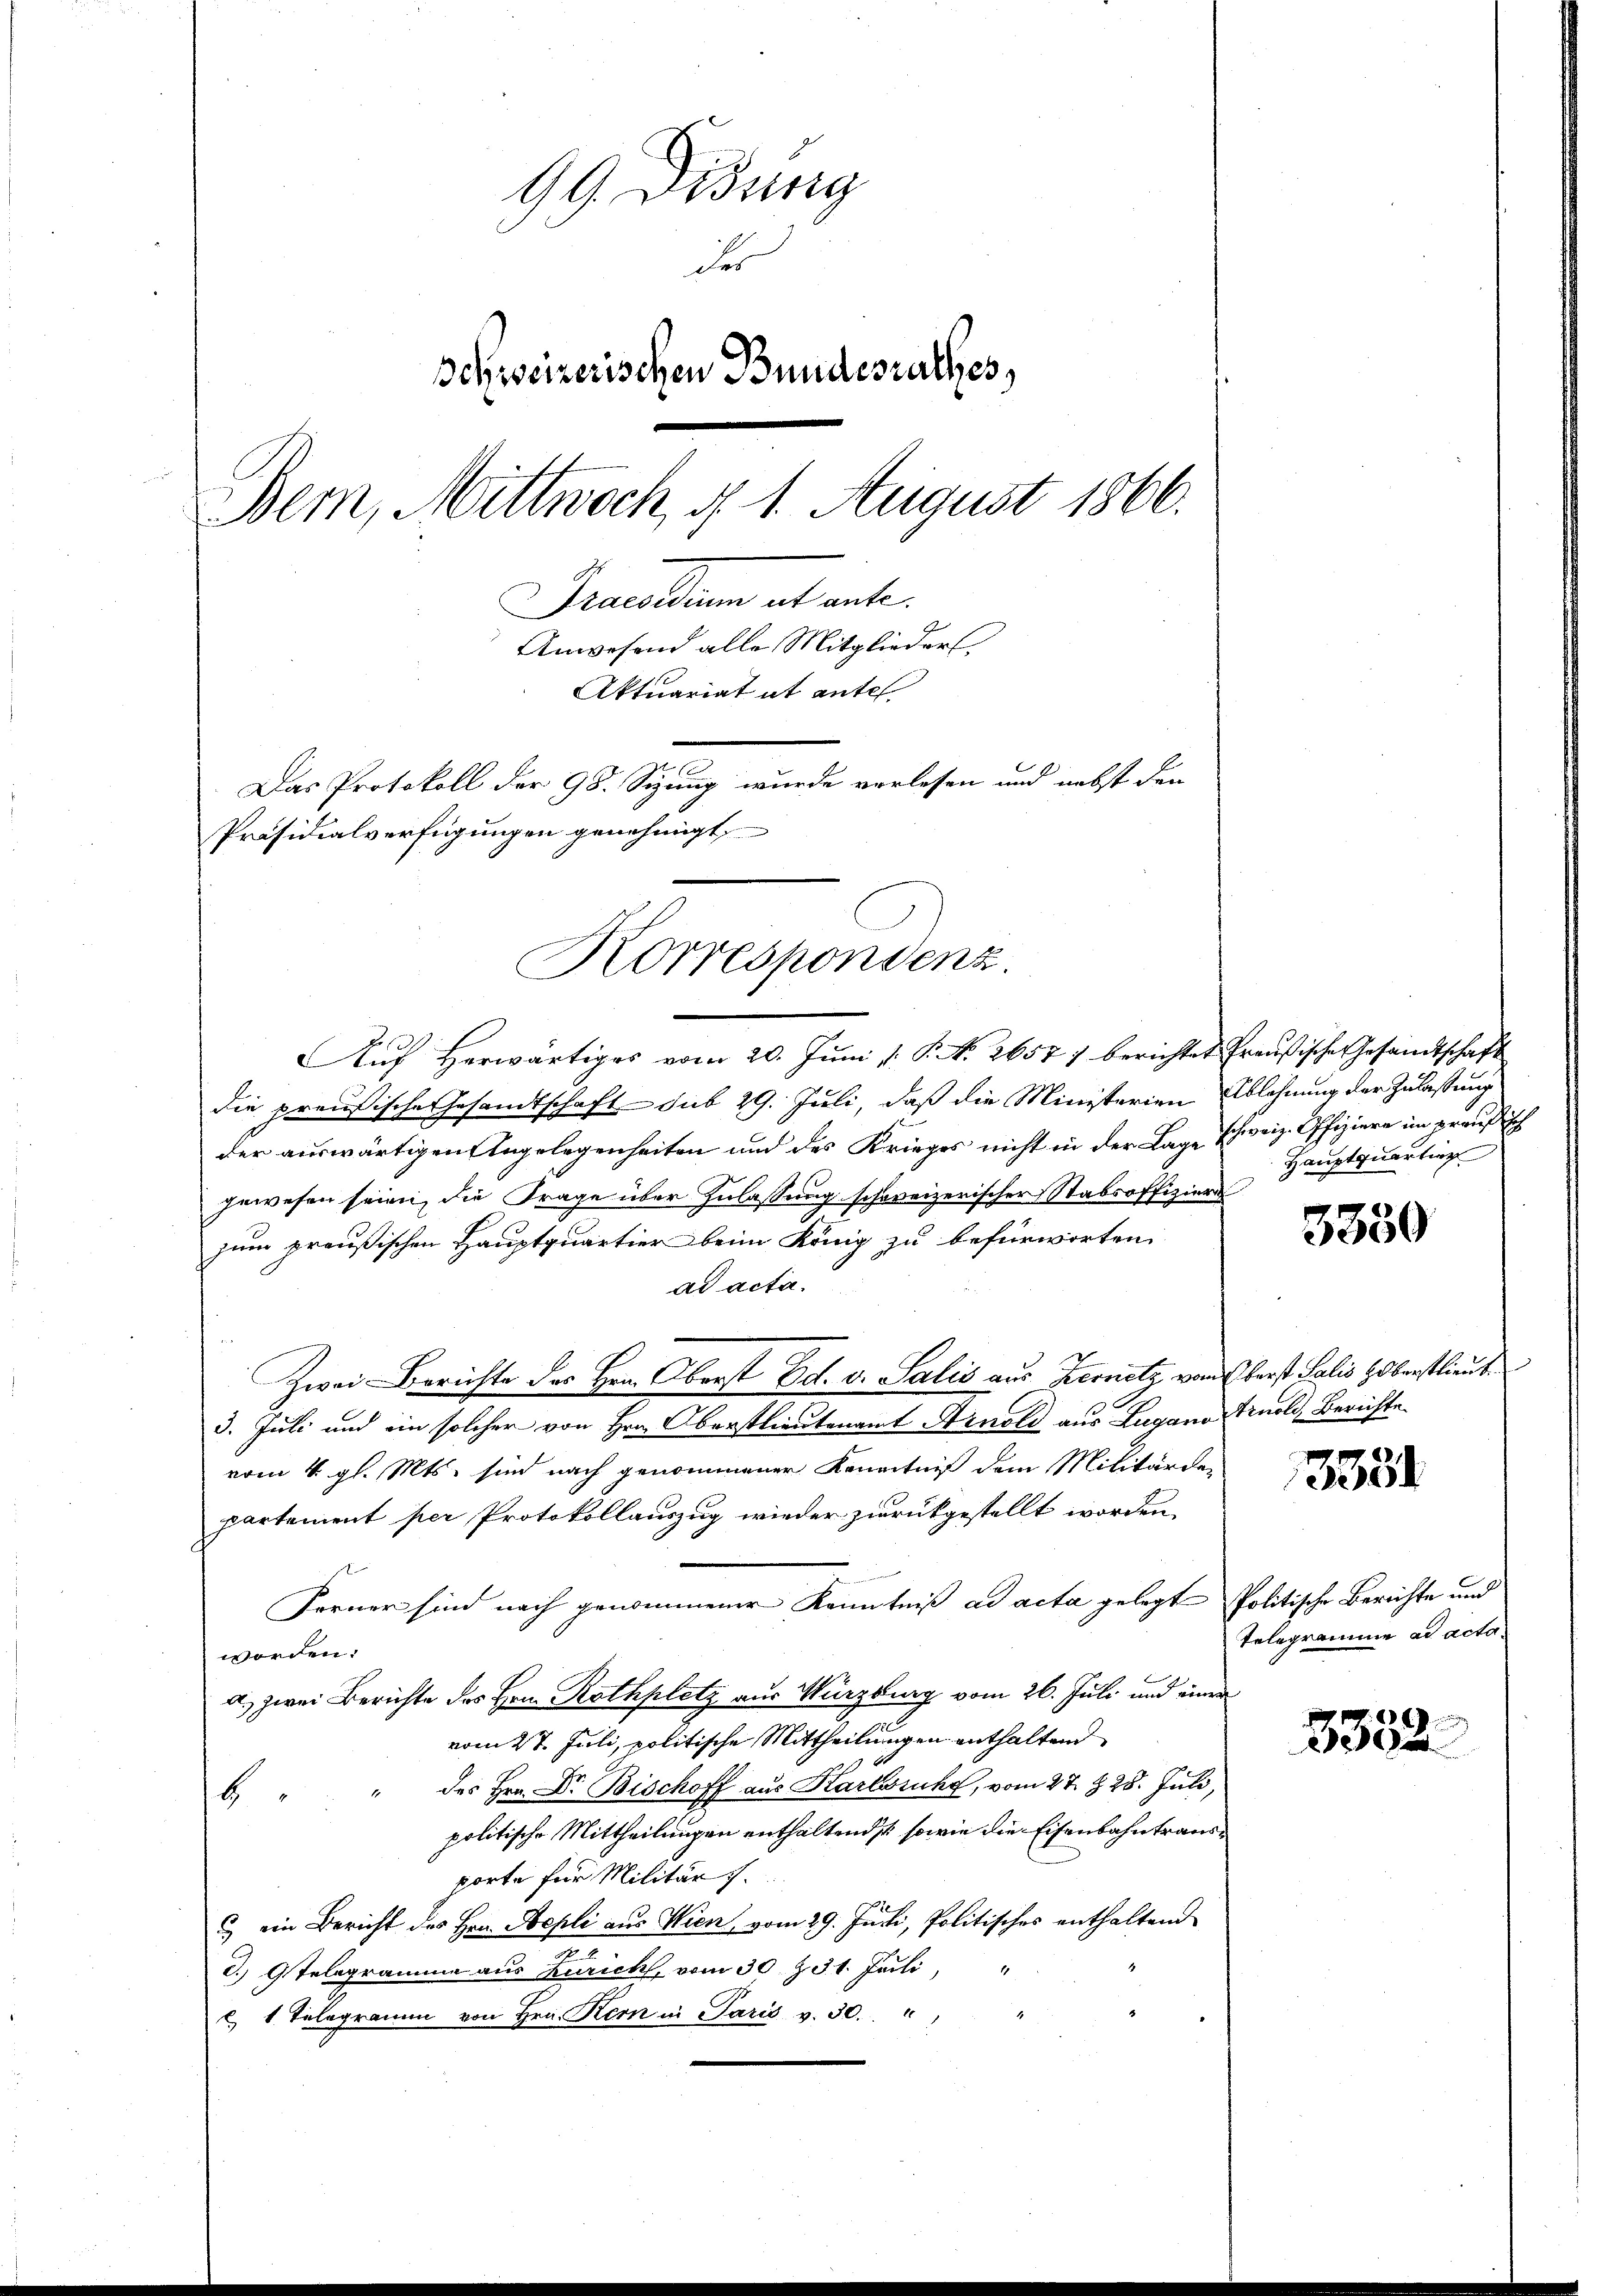
99 Didung
der
Schweizerischen Bundesrathes,
Bem, Mittwoch, d. 1. August 1866.
Brandum et ente
Anwesend alle Mitglieder
Aktuariat it antel
Das Protokoll der 98. Sizung wurde verlesen und nebst den
Präsidialverfügungen genehmigt,

Korresponsenz.

ŭf herwärtiges vom 20. Jŭni /: P. N. 2657) berichtet freußische Gesandtschaft
die preußische Gesandtschaft sub 29. Juli, daß die Ministerien Ablehnung der Zulassung
der auswärtigen Angelegenheiten und des Krieges nicht in der Lage schweiz. Offiziere im preußisch
gewesen seien, die Frage über Zulassung schweizerischer Stabsoffiziere
zum preußischen Hauptquartier beim König zu befürworten
ad acta.
Zwei Berichte des Hrn. Oberst Ed. v. Salis aus Bernetz vom Verst Salis Hoberstlieut.
3. Juli und ein solcher von Hrn. Oberstlieutenamt Arnold aus Lugano Arnold, Berichte
vom 4. gl. Mts. sind nach genommener Kenntniß dem Militärde-
partement per Protokollauszug wieder zurückgestellt worden,
Forner sind nach genommener Kenntniß ad acta gelegt Politische Berichte und
worden.
a. zwei Berichte des Hrn. Rothplatz aus Würzburg vom 26. Juli und einer
vom 27. Juli, politische Mittheilungen enthaltend
des Hrn. Dr. Bischoff aus Karlsruhe, vom 27. § 28. Juli,
b
politische Mittheilungen enthaltends sowie die Eisenbahntrausporte für Militärs.
3) ein Bericht des Hrn. Bepli aus Wien, vom 29. Juni, Politisches enthaltend
c. Telegramme aus Zürich, vom 30 t 31. Juli,
u 1 Telegramm von Hrn. Kern in Paris v. 30.

Hauptquarting

3350

3381

Telegramme ad acta

3352